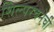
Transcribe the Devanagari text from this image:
शिल्परचनेची